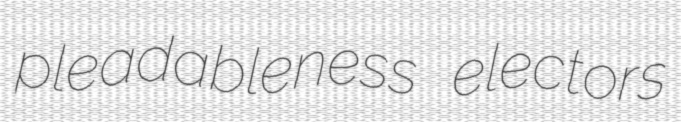
pleadableness electors